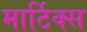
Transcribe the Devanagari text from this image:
मार्टिक्स